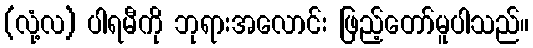
(လုံ့လ) ပါရမီကို ဘုရားအလောင်း ဖြည့်တော်မူပါသည်။